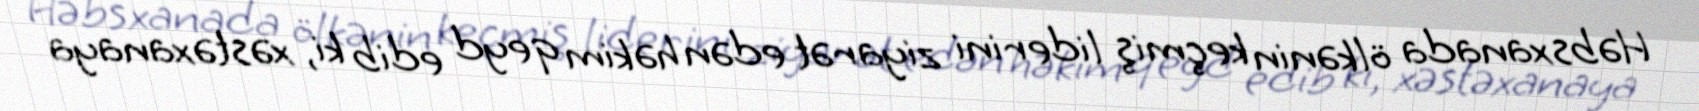
Həbsxanada ölkənin keçmiş liderini ziyarət edən həkim qeyd edib ki, xəstəxanaya